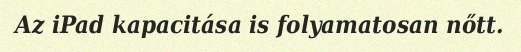
Az iPad kapacitása is folyamatosan nőtt.